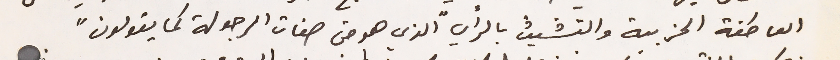
العاطفة الحزبية والتشبث بالرأي " الذي هو من صفات الرجولة كما يقولون"